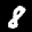
Label: 8